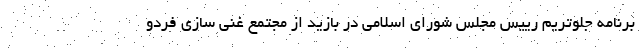
برنامه جلوتریم رییس مجلس شورای اسلامی در بازید از مجتمع غنی سازی فردو